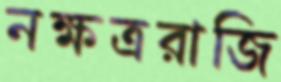
নক্ষত্ররাজি